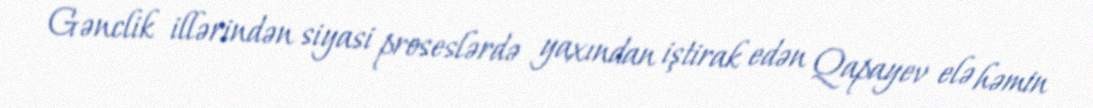
Gənclik illərindən siyasi proseslərdə yaxından iştirak edən Qapayev elə həmin